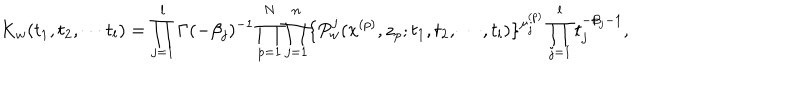
K _ { w } ( t _ { 1 } , t _ { 2 } , \cdots t _ { l } ) = \prod _ { j = 1 } ^ { l } \Gamma ( - \beta _ { j } ) ^ { - 1 } \prod _ { p = 1 } ^ { N } \prod _ { j = 1 } ^ { n } \{ P _ { w } ^ { j } ( x ^ { ( p ) } , z _ { p } ; t _ { 1 } , t _ { 2 } , \cdots , t _ { l } ) \} ^ { \mu _ { j } ^ { ( p ) } } \prod _ { j = 1 } ^ { l } t _ { j } ^ { - \beta _ { j } - 1 } ,